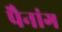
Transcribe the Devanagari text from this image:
पैनांग